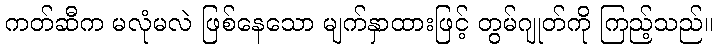
ကတ်ဆီက မလုံမလဲ ဖြစ်နေသော မျက်နှာထားဖြင့် တွမ်ဂျုတ်ကို ကြည့်သည်။